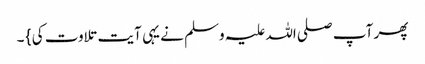
پھر آپ صلی اللہ علیہ وسلم نے یہی آیت تلاوت کی } ۔